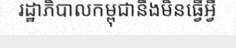
រដ្ឋាភិបាលកម្ពុជានឹងមិនធ្វើអ្វី